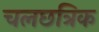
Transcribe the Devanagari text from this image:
चलछत्रिक